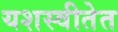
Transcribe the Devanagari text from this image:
यशस्वीतेत